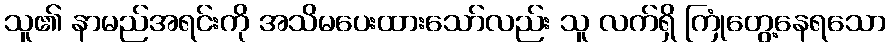
သူ၏ နာမည်အရင်းကို အသိမပေးထားသော်လည်း သူ လက်ရှိ ကြုံတွေ့နေရသော